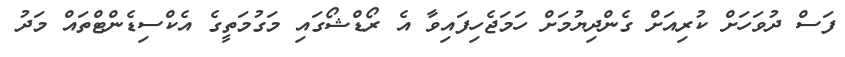
ފަސް ދުވަހަށް ކުރިއަށް ގެންދިޔުމަށް ހަމަޖެހިފައިވާ އެ ރޯޑްޝޯގައި މަގުމަތީގެ އެކްސިޑެންޓްތައް މަދު